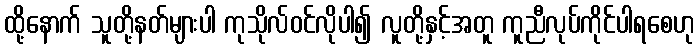
ထို့နောက် သူတို့နတ်များပါ ကုသိုလ်ဝင်လိုပါ၍ လူတို့နှင့်အတူ ကူညီလုပ်ကိုင်ပါရစေဟု